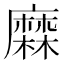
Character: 𪎦